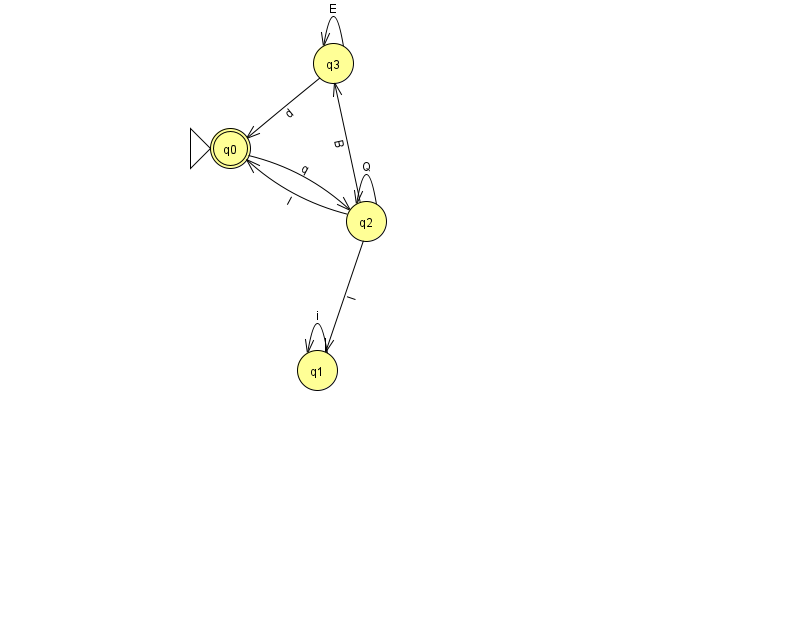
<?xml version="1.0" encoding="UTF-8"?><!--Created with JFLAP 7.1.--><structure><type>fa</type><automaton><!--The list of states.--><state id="0" name="q0"><x>230.0</x><y>135.0</y><initial/><final/></state><state id="1" name="q1"><x>317.0</x><y>357.0</y></state><state id="2" name="q2"><x>366.0</x><y>208.0</y></state><state id="3" name="q3"><x>333.0</x><y>50.0</y></state><!--The list of transitions.--><transition><from>2</from><to>2</to><read>Q</read></transition><transition><from>0</from><to>2</to><read>q</read></transition><transition><from>3</from><to>3</to><read>E</read></transition><transition><from>1</from><to>1</to><read>i</read></transition><transition><from>2</from><to>3</to><read>B</read></transition><transition><from>3</from><to>0</to><read>d</read></transition><transition><from>2</from><to>0</to><read>I</read></transition><transition><from>2</from><to>1</to><read>I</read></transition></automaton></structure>